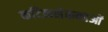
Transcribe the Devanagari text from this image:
कटिकशेरूकाओं